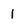
Character: 1